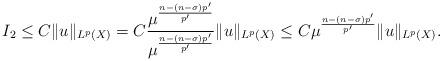
LaTeX: \begin{align*} I_{2}\leq C \|u\|_{L^{p}(X)}=C\frac{\mu^{\frac{n-(n-\sigma)p'}{p'}}}{\mu^{\frac{n-(n-\sigma)p'}{p'}}}\|u\|_{L^{p}(X)} \leq C \mu^{\frac{n-(n-\sigma)p'}{p'}} \|u\|_{L^{p}(X)}. \end{align*}